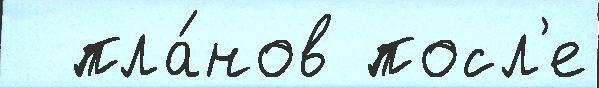
  пла́нов посл'е